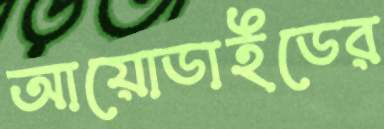
আয়োডাইডের